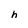
Character: h